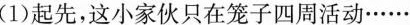
(1)起先，这小家伙只在笼子四周活动。……